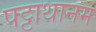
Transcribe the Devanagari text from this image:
पट्टाथानम